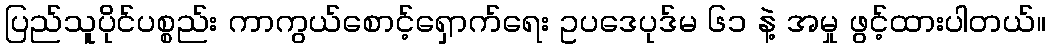
ပြည်သူပိုင်ပစ္စည်း ကာကွယ်စောင့်ရှောက်ရေး ဥပဒေပုဒ်မ ၆၁ နဲ့ အမှု ဖွင့်ထားပါတယ်။